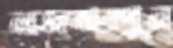
লজঝরপুন